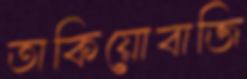
তাকিয়োবাজি